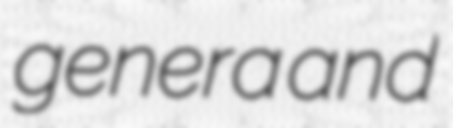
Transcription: genera and